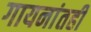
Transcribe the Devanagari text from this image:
गायनांतही